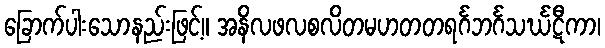
ခြောက်ပါးသောနည်းဖြင့်။ အနိလဖလစလိတမဟတတရင်္ဂဘင်္ဂသင်္ဃဋီကာ၊